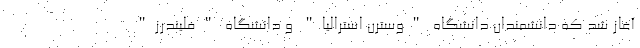
آغاز شد که دانشمندان دانشگاه "وسترن استرالیا" و دانشگاه "فلیندرز"